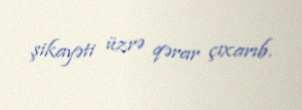
şikayəti üzrə qərar çıxarıb.